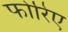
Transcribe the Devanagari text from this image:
फोरिए